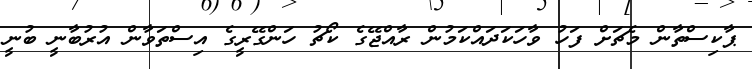
ޕާކިސްތާން މެޗަށް ފަހު ވާހަކަދައްކަމުން ރާއްޖޭގެ ކޯޗު ހަންގޭރީގެ އިސްތަވާން އުރުބާނީ ބުނީ